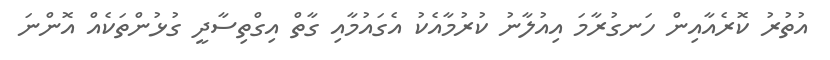
އުތުރު ކޮރެއާއިން ހަނގުރާމަ އިއުލާނު ކުރުމާއެކު އެގައުމާއި ގާތް އިގްތިސާދީ ގުޅުންތަކެއް އޮންނަ